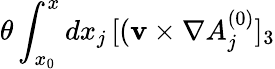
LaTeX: \theta\int_{x_{0}}^{x}dx_{j}\, [({\mathbf v}\times\nabla A_{j}^{(0)}]_{3}